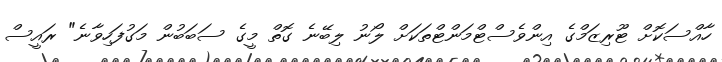
ހާއްސަކޮށް ޓޫރިޒަމްގެ އިންވެސްޓްމަންޓްތަކަށް ލޯނު ލިބޭނެ ގޮތް މީގެ ސަބަބުން މަގުފަހިވާނެ" ރައީސް